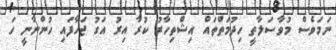
ނަމަވެސް މުވާސަލާތީ ހިދުމަތްތައް އިޝްތިހާރު ކުރާ އިރު އަގު ޖަހާފައި ހުންނާނީ ހަ